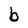
Character: b